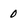
Character: 0